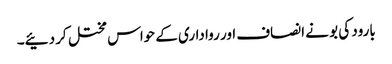
بارود کی بو نے انصاف اور رواداری کے حواس مختل کر دئیے۔